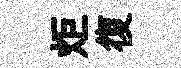
炬復